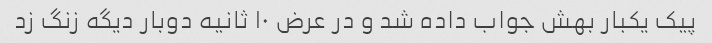
پیک یکبار بهش جواب داده شد و در عرض ۱۰ ثانیه دوبار دیگه زنگ زد